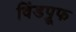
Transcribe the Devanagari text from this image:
विंडप्रूफ